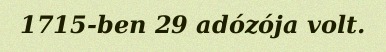
1715-ben 29 adózója volt.